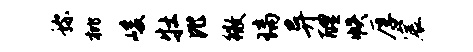
称枇峻牡比徽璃异醴帙厚宸